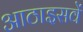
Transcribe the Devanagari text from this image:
आठाइसवें